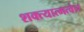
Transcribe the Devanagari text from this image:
शक्त्यात्मत्वेन